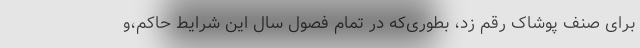
برای صنف پوشاک رقم زد، بطوری‌که در تمام فصول سال این شرایط حاکم،و